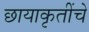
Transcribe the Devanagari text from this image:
छायाकृतींचे